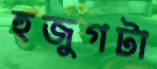
হুজুগটা